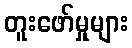
တူးဖော်မှုများ